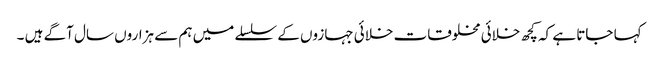
کہا جاتا ہے کہ کچھ خلائی مخلوقات خلائی جہازوں کے سلسلے میں ہم سے ہزاروں سال آگے ہیں ۔